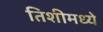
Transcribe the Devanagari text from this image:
तिशीमध्ये